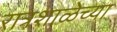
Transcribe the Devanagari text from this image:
रात्रशाळेच्या